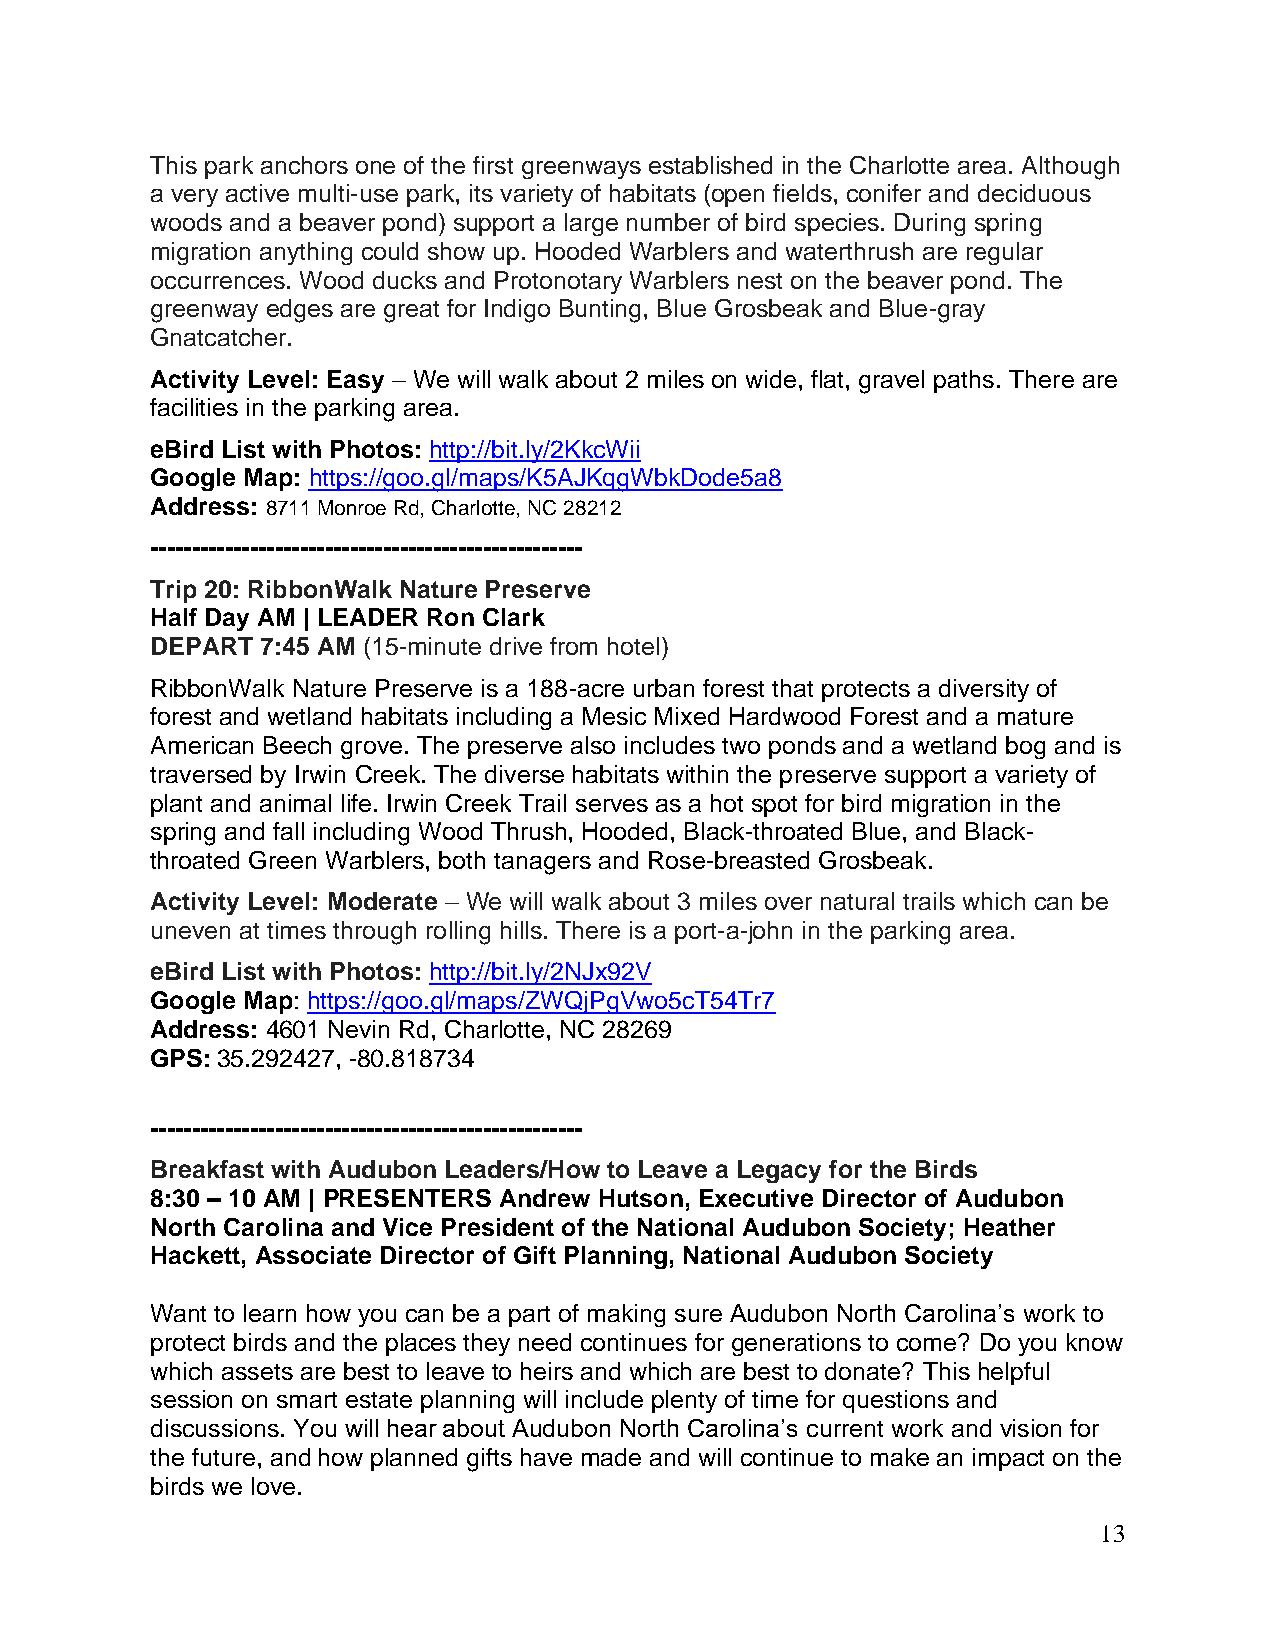
This park anchors one of the first greenways established in the Charlotte area. Although
 a very active multi-use park, its variety of habitats (open fields, conifer and deciduous
 woods and a beaver pond) support a large number of bird species. During spring
 migration anything could show up. Hooded Warblers and waterthrush are regular
 occurrences. Wood ducks and Protonotary Warblers nest on the beaver pond. The
 greenway edges are great for Indigo Bunting, Blue Grosbeak and Blue-gray
 Gnatcatcher.
 Activity Level: Easy – We will walk about 2 miles on wide, flat, gravel paths. There are
 facilities in the parking area.
 eBird List with Photos: http://bit.ly/2KkcWii
 Google Map: https://goo.gl/maps/K5AJKqgWbkDode5a8
 Address: 8711 Monroe Rd, Charlotte, NC 28212
 ----------------------------------------------------
 Trip 20: RibbonWalk Nature Preserve
 Half Day AM | LEADER Ron Clark
 DEPART 7:45 AM (15-minute drive from hotel)
 RibbonWalk Nature Preserve is a 188-acre urban forest that protects a diversity of
 forest and wetland habitats including a Mesic Mixed Hardwood Forest and a mature
 American Beech grove. The preserve also includes two ponds and a wetland bog and is
 traversed by Irwin Creek. The diverse habitats within the preserve support a variety of
 plant and animal life. Irwin Creek Trail serves as a hot spot for bird migration in the
 spring and fall including Wood Thrush, Hooded, Black-throated Blue, and Black-
 throated Green Warblers, both tanagers and Rose-breasted Grosbeak.
 Activity Level: Moderate – We will walk about 3 miles over natural trails which can be
 uneven at times through rolling hills. There is a port-a-john in the parking area.
 eBird List with Photos: http://bit.ly/2NJx92V
 Google Map: https://goo.gl/maps/ZWQjPgVwo5cT54Tr7
 Address: 4601 Nevin Rd, Charlotte, NC 28269
 GPS: 35.292427, -80.818734
 ----------------------------------------------------
 Breakfast with Audubon Leaders/How to Leave a Legacy for the Birds
 8:30 – 10 AM | PRESENTERS Andrew Hutson, Executive Director of Audubon
 North Carolina and Vice President of the National Audubon Society; Heather
 Hackett, Associate Director of Gift Planning, National Audubon Society
 Want to learn how you can be a part of making sure Audubon North Carolina’s work to
 protect birds and the places they need continues for generations to come? Do you know
 which assets are best to leave to heirs and which are best to donate? This helpful
 session on smart estate planning will include plenty of time for questions and
 discussions. You will hear about Audubon North Carolina’s current work and vision for
 the future, and how planned gifts have made and will continue to make an impact on the
 birds we love.
 13